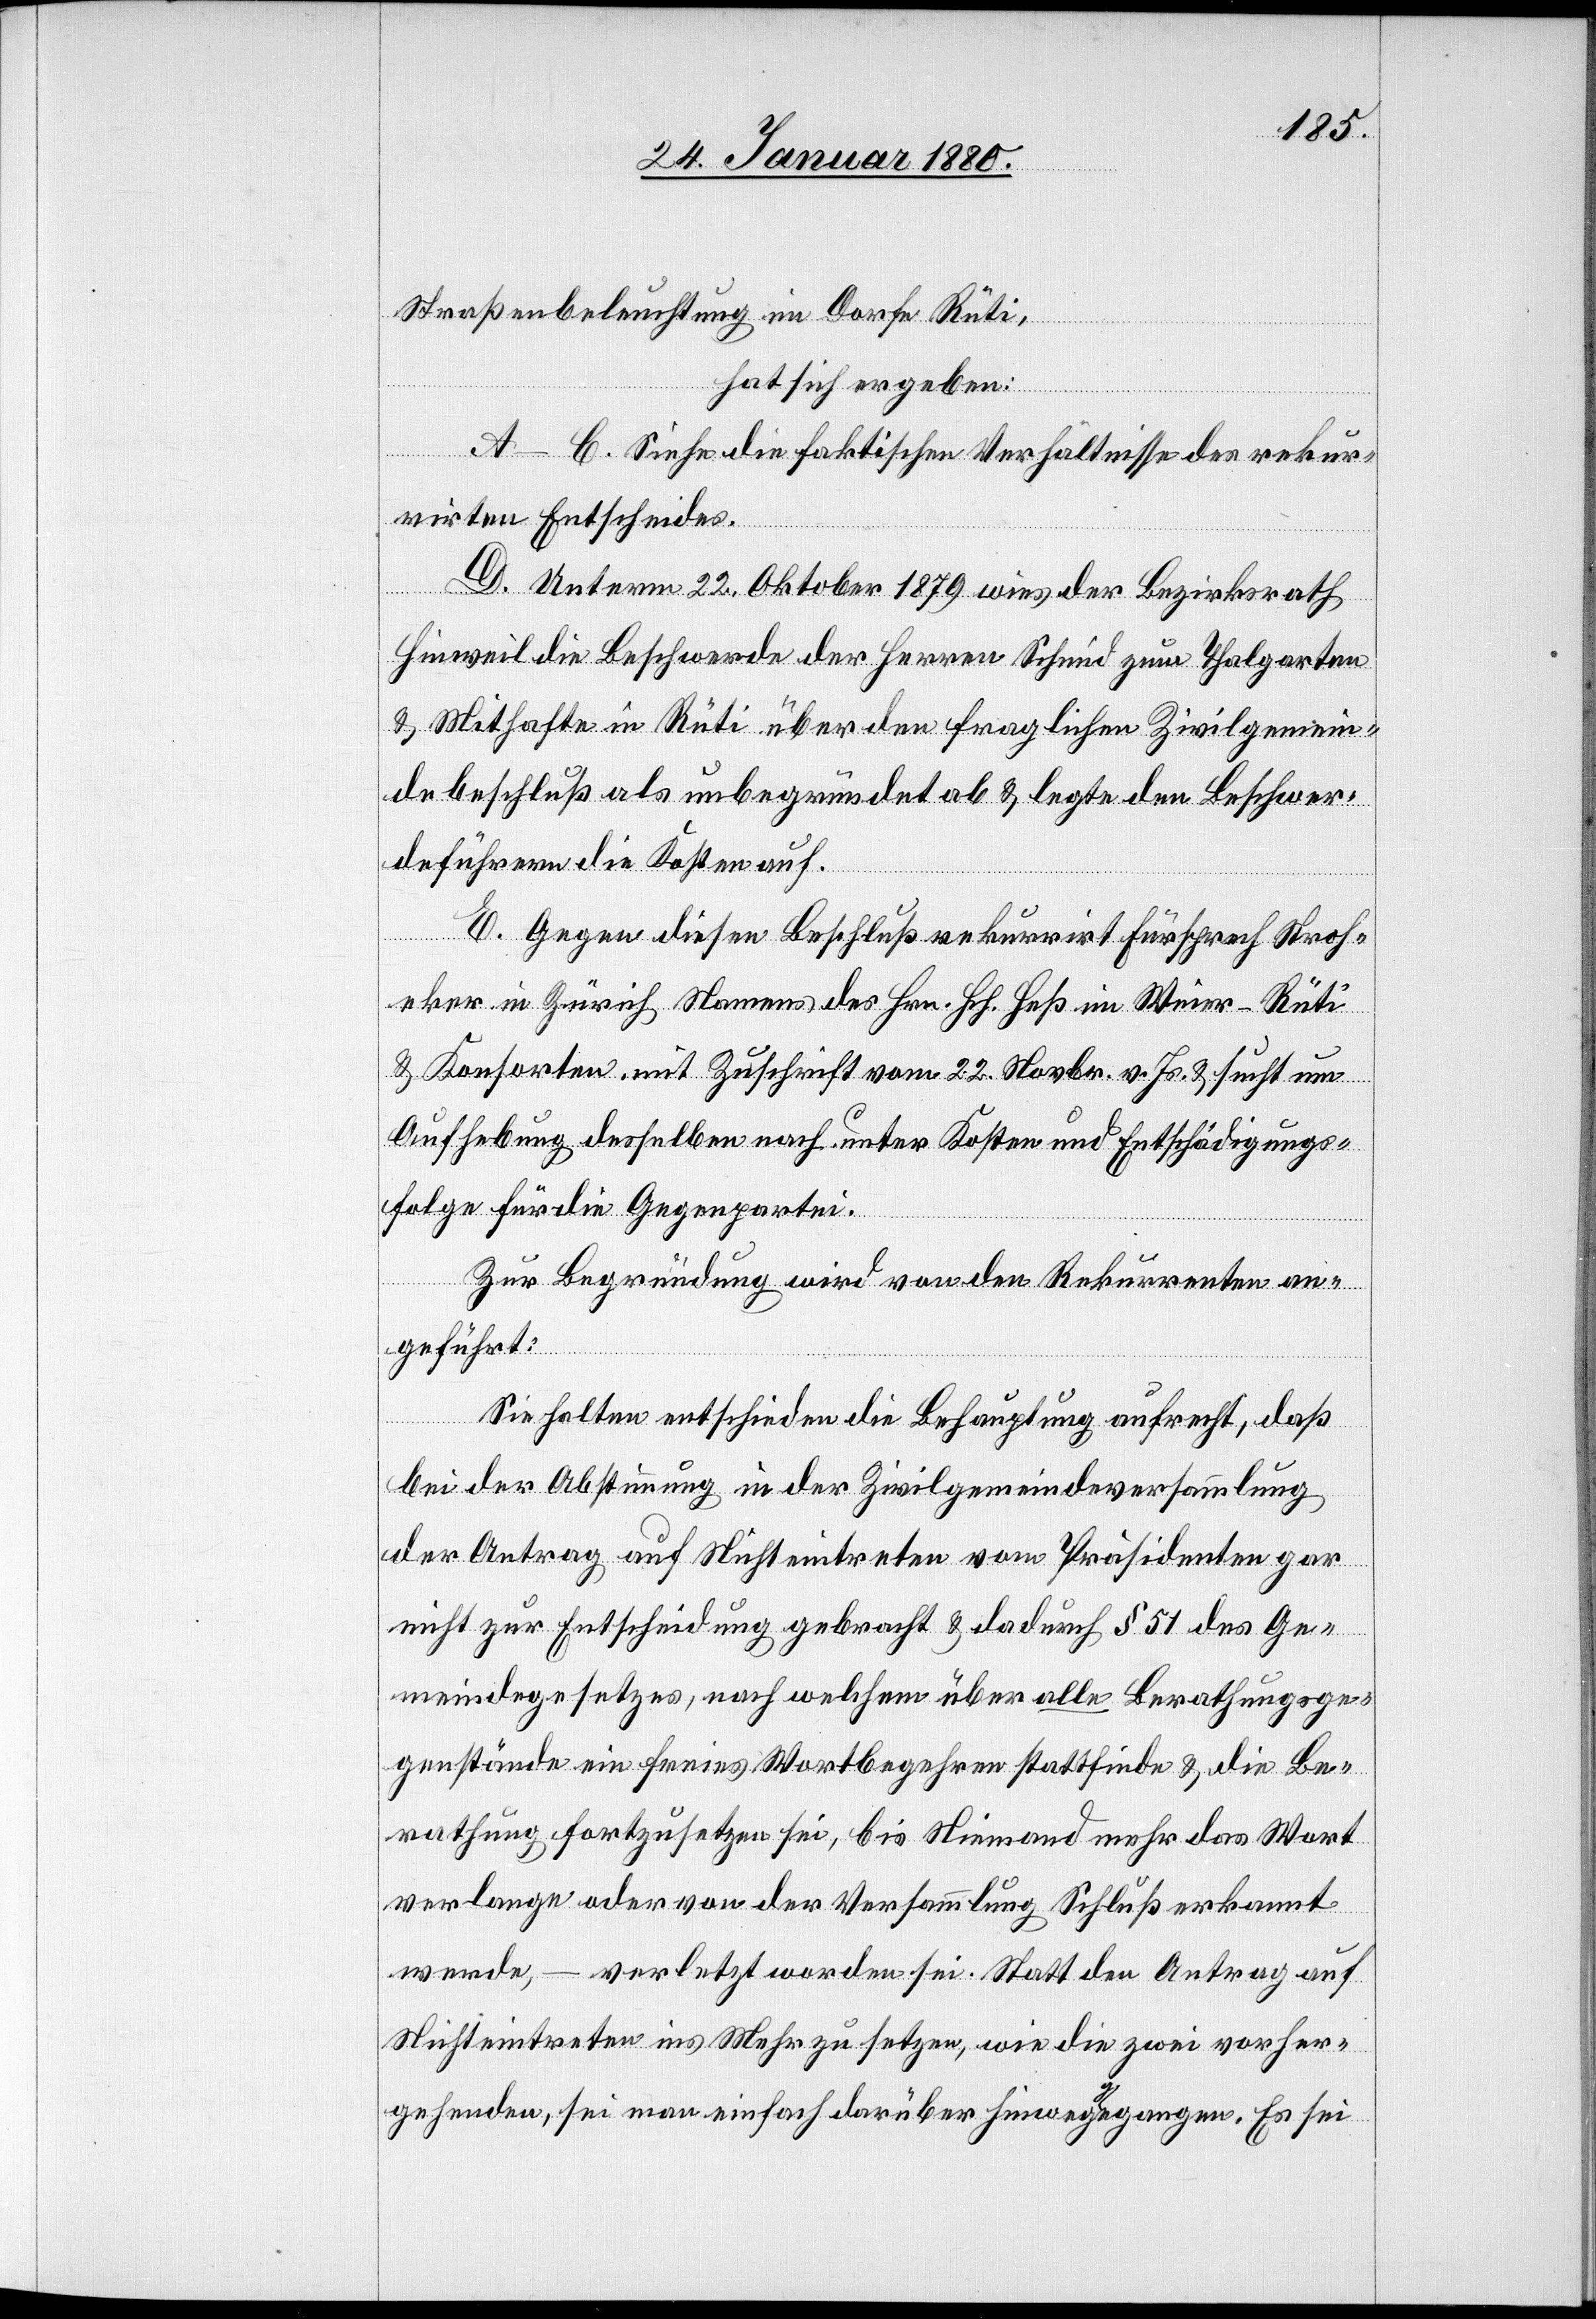
Straßenbeleuchtung im Dorfe Rüti,
hat sich ergeben:
A–C. Siehe die faktischen Verhältnisse des rekur¬
rirten Entscheides.
D. Unterm 22. Oktober 1879 wies der Bezirksrath
Hinweil die Beschwerde der Herren Schmid zum Thalgarten
& Mithafte in Rüti über den fraglichen Zivilgemein¬
debeschluß als unbegründet ab & legte den Beschwer¬
deführern die Kosten auf.
E. Gegen diesen Beschluß rekurrirt Fürsprech Stroh¬
ecker in Zürich Namens des Hrn. Hch. Heß in Weier - Rüti
& Konsorten, mit Zuschrift vom 22. Novbr. v. Js. & sucht um
Aufhebung desselben nach unter Kosten und Entschädigungs¬
folge für die Gegenpartei.
Zur Begründung wird von den Rekurrenten an¬
geführt:
Sie halten entschieden die Behauptung aufrecht, daß
bei der Abstimmung in der Zivilgemeindeversammlung
der Antrag auf Nichteintreten vom Präsidenten gar
nicht zur Entscheidung gebracht & dadurch § 51 des Ge¬
meindegesetzes, nach welchem über alle Berathungsge¬
genstände ein freies Wortbegehren stattfinde & die Be¬
rathung fortzusetzen sei, bis Niemand mehr das Wort
verlange oder von der Versammlung Schluß erkannt
werde, – verletzt worden sei. Statt den Antrag auf
Nichteintreten ins Mehr zu setzen, wie die zwei vorher¬
gehenden, sei man einfach darüber hinwega-g-aegangen. Es sei